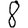
Digit: 8